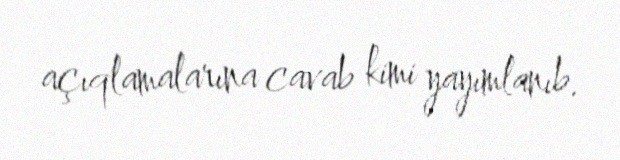
açıqlamalarına cavab kimi yayımlanıb.